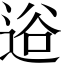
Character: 逧